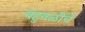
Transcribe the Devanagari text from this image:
बहुवळींचे